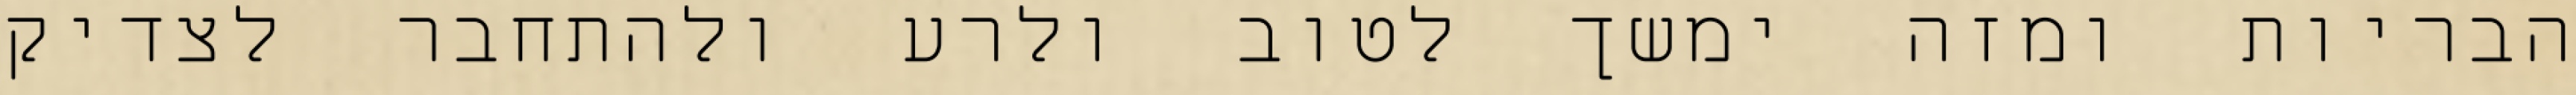
הבריות ומזה ימשך לטוב ולרע ולהתחבר לצדיק